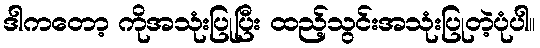
ဒါကတော့ ကိုအသုံးပြုပြီး ထည့်သွင်းအသုံးပြုတဲ့ပုံပါ။